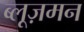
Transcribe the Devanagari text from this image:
ब्लूज़मन